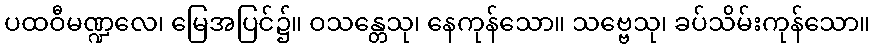
ပထဝီမဏ္ဍလေ၊ မြေအပြင်၌။ ဝသန္တေသု၊ နေကုန်သော။ သဗ္ဗေသု၊ ခပ်သိမ်းကုန်သော။